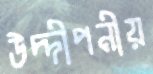
উদ্দীপনীয়